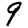
Digit: 9